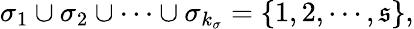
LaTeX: \sigma_{1}\cup\sigma_{2}\cup\cdots\cup\sigma_{k_{\sigma}}=\{ 1,2,\cdots,\mathfrak{s}\} ,